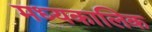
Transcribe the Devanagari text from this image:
मध्यकालिक